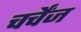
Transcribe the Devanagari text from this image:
चर्चेंज